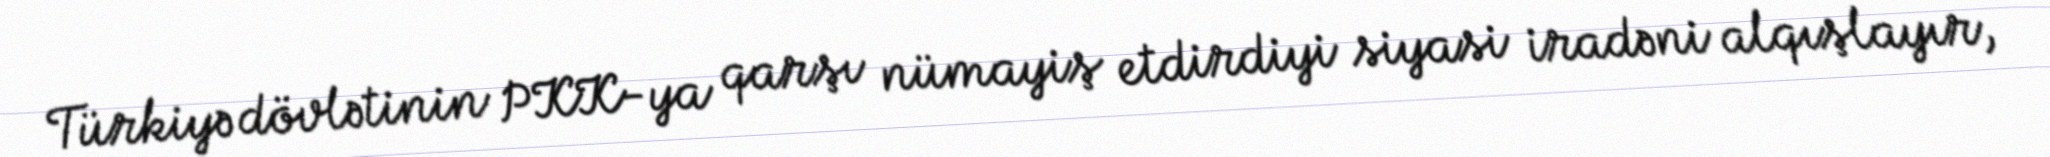
Türkiyə dövlətinin PKK-ya qarşı nümayiş etdirdiyi siyasi iradəni alqışlayır,